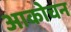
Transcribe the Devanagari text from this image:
आकोचन